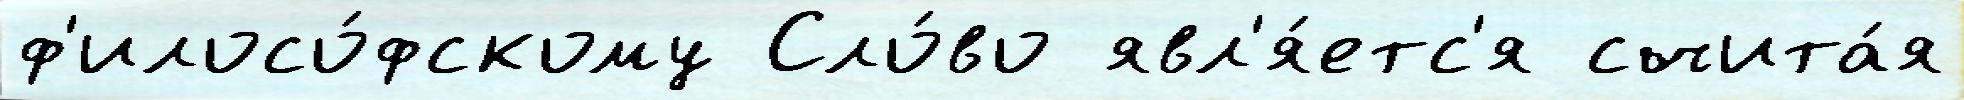
ф'илосо́фскому Сло́во явл'я́етс'я счита́я